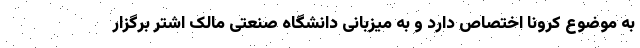
به موضوع کرونا اختصاص دارد و به میزبانی دانشگاه صنعتی مالک اشتر برگزار